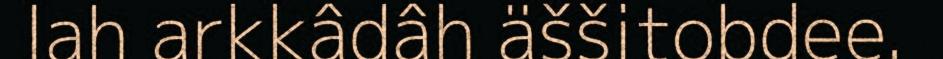
lah arkkâdâh äššitobdee.